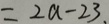
= 2 a - 2 3 .